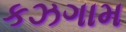
કઝગામ